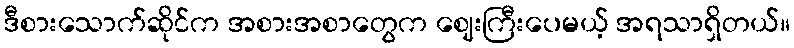
ဒီစားသောက်ဆိုင်က အစားအစာတွေက ဈေးကြီးပေမယ့် အရသာရှိတယ်။